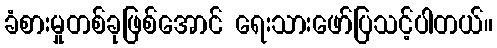
ခံစားမှုတစ်ခုဖြစ်အောင် ရေးသားဖော်ပြသင့်ပါတယ်။